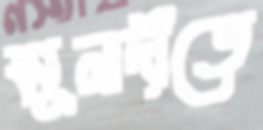
মুলাদীতে